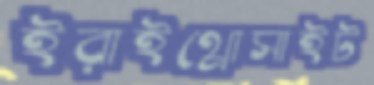
ইরাইথ্রোসাইট